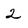
Character: 2